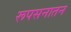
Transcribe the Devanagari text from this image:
रूपसनातन